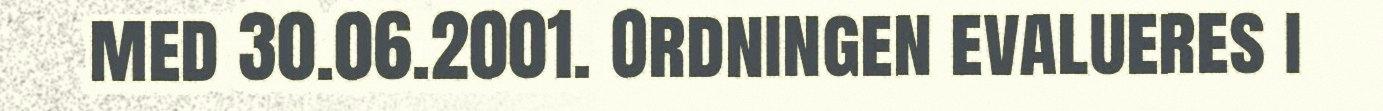
med 30.06.2001. Ordningen evalueres i